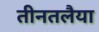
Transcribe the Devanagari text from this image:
तीनतलैया